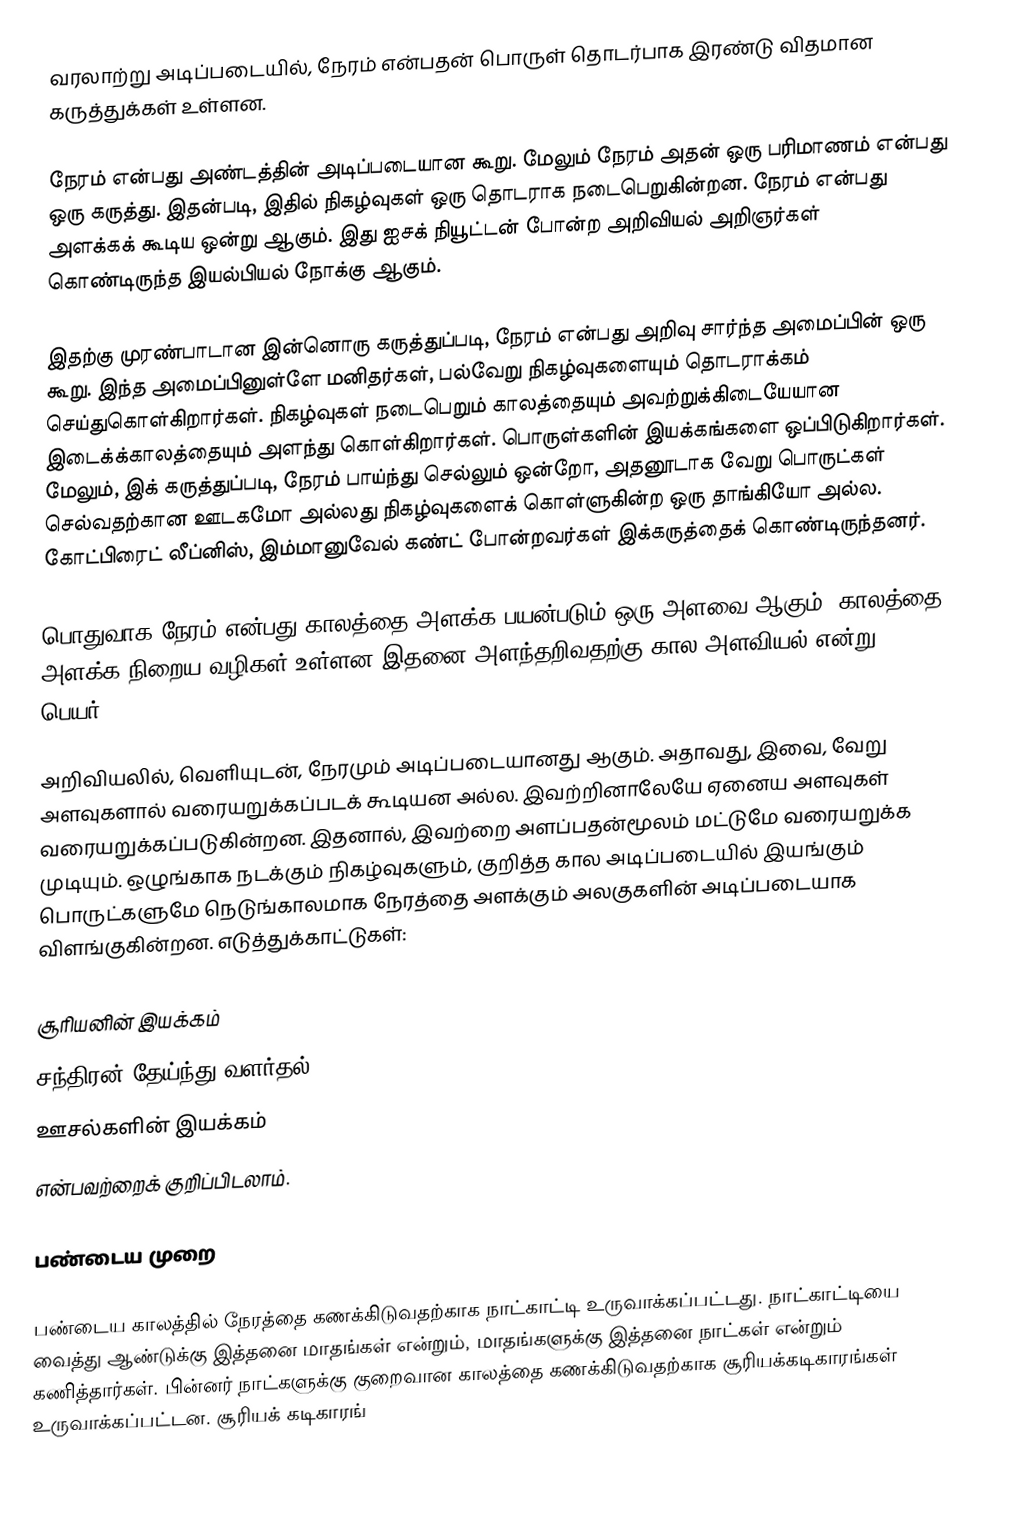
வரலாற்று அடிப்படையில், நேரம் என்பதன் பொருள் தொடர்பாக இரண்டு விதமான கருத்துக்கள் உள்ளன.

நேரம் என்பது அண்டத்தின் அடிப்படையான கூறு. மேலும்  நேரம் அதன் ஒரு பரிமாணம் என்பது ஒரு கருத்து. இதன்படி, இதில் நிகழ்வுகள் ஒரு தொடராக நடைபெறுகின்றன.  நேரம் என்பது அளக்கக் கூடிய ஒன்று ஆகும். இது ஐசக் நியூட்டன் போன்ற அறிவியல் அறிஞர்கள் கொண்டிருந்த இயல்பியல் நோக்கு ஆகும்.

இதற்கு முரண்பாடான இன்னொரு கருத்துப்படி, நேரம் என்பது அறிவு சார்ந்த அமைப்பின் ஒரு கூறு. இந்த அமைப்பினுள்ளே மனிதர்கள், பல்வேறு நிகழ்வுகளையும் தொடராக்கம் செய்துகொள்கிறார்கள். நிகழ்வுகள் நடைபெறும் காலத்தையும் அவற்றுக்கிடையேயான இடைக்க்காலத்தையும் அளந்து கொள்கிறார்கள். பொருள்களின் இயக்கங்களை ஒப்பிடுகிறார்கள். மேலும், இக் கருத்துப்படி, நேரம் பாய்ந்து செல்லும் ஒன்றோ, அதனூடாக வேறு பொருட்கள் செல்வதற்கான ஊடகமோ அல்லது நிகழ்வுகளைக் கொள்ளுகின்ற ஒரு தாங்கியோ அல்ல. கோட்பிரைட் லீப்னிஸ், இம்மானுவேல் கண்ட் போன்றவர்கள் இக்கருத்தைக் கொண்டிருந்தனர்.

பொதுவாக நேரம் என்பது காலத்தை அளக்க பயன்படும் ஒரு அளவை ஆகும். காலத்தை அளக்க நிறைய வழிகள் உள்ளன இதனை அளந்தறிவதற்கு கால அளவியல் என்று பெயர்.

அறிவியலில், வெளியுடன், நேரமும் அடிப்படையானது ஆகும். அதாவது, இவை, வேறு அளவுகளால் வரையறுக்கப்படக் கூடியன அல்ல. இவற்றினாலேயே ஏனைய அளவுகள் வரையறுக்கப்படுகின்றன. இதனால், இவற்றை அளப்பதன்மூலம் மட்டுமே வரையறுக்க முடியும். ஒழுங்காக நடக்கும் நிகழ்வுகளும், குறித்த கால அடிப்படையில் இயங்கும் பொருட்களுமே நெடுங்காலமாக நேரத்தை அளக்கும் அலகுகளின் அடிப்படையாக விளங்குகின்றன. எடுத்துக்காட்டுகள்:

 சூரியனின் இயக்கம்
 சந்திரன் தேய்ந்து வளர்தல்
 ஊசல்களின் இயக்கம்
 என்பவற்றைக் குறிப்பிடலாம்.

பண்டைய முறை

பண்டைய காலத்தில் நேரத்தை கணக்கிடுவதற்காக நாட்காட்டி உருவாக்கப்பட்டது. நாட்காட்டியை வைத்து ஆண்டுக்கு இத்தனை மாதங்கள் என்றும், மாதங்களுக்கு இத்தனை நாட்கள் என்றும் கணித்தார்கள். பின்னர் நாட்களுக்கு குறைவான காலத்தை கணக்கிடுவதற்காக சூரியக்கடிகாரங்கள் உருவாக்கப்பட்டன. சூரியக் கடிகாரங்